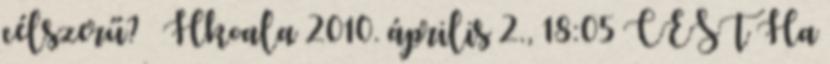
célszerű? – Hkoala 2010. április 2., 18:05 CEST Ha